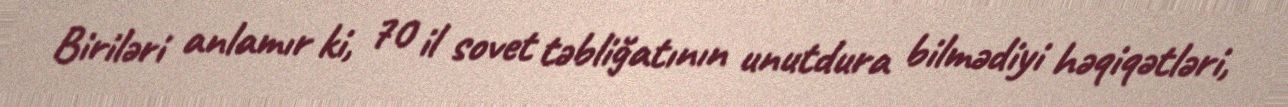
Biriləri anlamır ki, 70 il sovet təbliğatının unutdura bilmədiyi həqiqətləri,